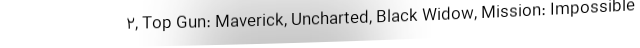
2, Top Gun: Maverick, Uncharted, Black Widow, Mission: Impossible